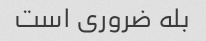
بله ضروری است